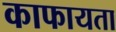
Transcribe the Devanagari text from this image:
काफायता